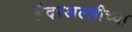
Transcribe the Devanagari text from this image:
हैदरअल्लीच्या